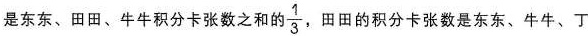
是东东、田田、牛牛积分卡张数之和的\frac{1}{3}，田田的积分卡张数是东东、牛牛、丁